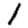
Digit: 1